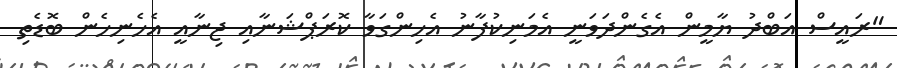
"ރައީސް އަބްދު ޔާމީން އެގެންދަވަނީ އެމަނިކުފާނު އެހިންގަވާ ކޮރަޕްޝަނާއި ޖިނާއީ އެހެނިހެން ބޮޑެތި